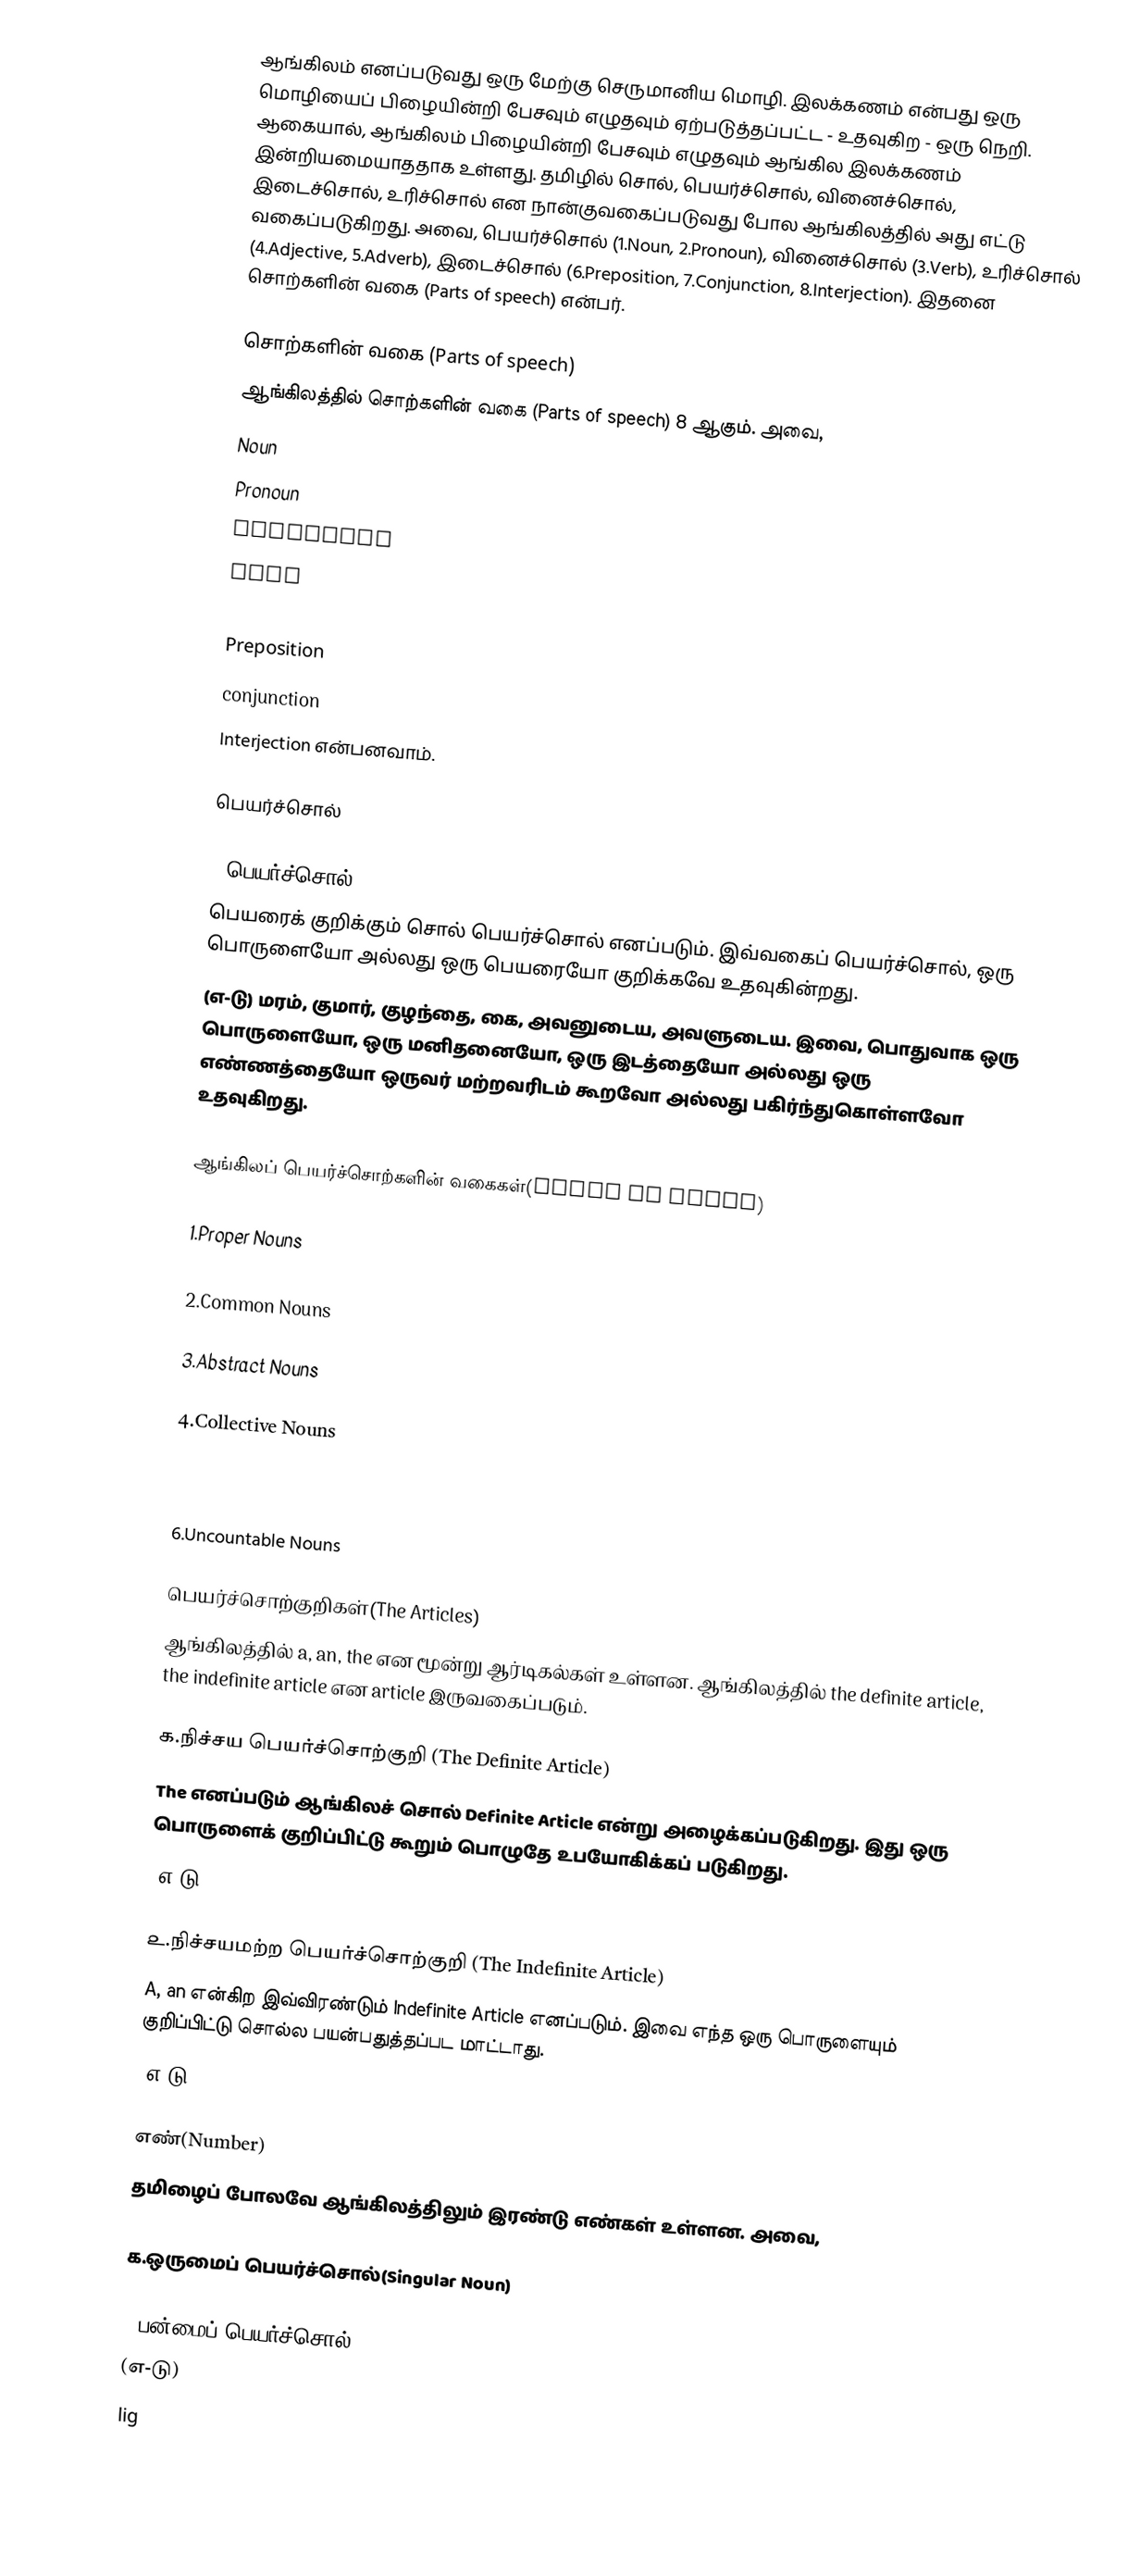
ஆங்கிலம் எனப்படுவது ஒரு மேற்கு செருமானிய மொழி. இலக்கணம் என்பது ஒரு மொழியைப் பிழையின்றி பேசவும் எழுதவும் ஏற்படுத்தப்பட்ட - உதவுகிற - ஒரு நெறி. ஆகையால், ஆங்கிலம் பிழையின்றி பேசவும் எழுதவும் ஆங்கில இலக்கணம் இன்றியமையாததாக உள்ளது. தமிழில் சொல், பெயர்ச்சொல், வினைச்சொல், இடைச்சொல், உரிச்சொல் என நான்குவகைப்படுவது போல ஆங்கிலத்தில் அது எட்டு வகைப்படுகிறது. அவை, பெயர்ச்சொல் (1.Noun, 2.Pronoun), வினைச்சொல் (3.Verb), உரிச்சொல் (4.Adjective, 5.Adverb), இடைச்சொல் (6.Preposition, 7.Conjunction, 8.Interjection). இதனை சொற்களின் வகை (Parts of speech) என்பர்.

சொற்களின் வகை (Parts of speech)
ஆங்கிலத்தில் சொற்களின் வகை (Parts of speech) 8 ஆகும். அவை,
 Noun
 Pronoun
 Adjective
 Verb
 Adverb
 Preposition
 conjunction
 Interjection என்பனவாம்.

பெயர்ச்சொல்

௧.பெயர்ச்சொல்(Noun)
பெயரைக் குறிக்கும் சொல் பெயர்ச்சொல் எனப்படும். இவ்வகைப் பெயர்ச்சொல், ஒரு பொருளையோ அல்லது ஒரு பெயரையோ குறிக்கவே உதவுகின்றது.
(எ-டு) மரம், குமார், குழந்தை, கை, அவனுடைய, அவளுடைய. இவை, பொதுவாக ஒரு பொருளையோ, ஒரு மனிதனையோ, ஒரு இடத்தையோ அல்லது ஒரு எண்ணத்தையோ ஒருவர் மற்றவரிடம் கூறவோ அல்லது பகிர்ந்துகொள்ளவோ உதவுகிறது.

ஆங்கிலப் பெயர்ச்சொற்களின் வகைகள்(Types of Nouns)

1.Proper Nouns

2.Common Nouns

3.Abstract Nouns

4.Collective Nouns

5.Countable Noun

6.Uncountable Nouns

பெயர்ச்சொற்குறிகள்(The Articles)
ஆங்கிலத்தில் a, an, the என மூன்று ஆர்டிகல்கள் உள்ளன. ஆங்கிலத்தில் the definite article, the indefinite article என article இருவகைப்படும்.

௧.நிச்சய பெயர்ச்சொற்குறி (The Definite Article)
The எனப்படும் ஆங்கிலச் சொல் Definite Article என்று அழைக்கப்படுகிறது. இது ஒரு பொருளைக் குறிப்பிட்டு கூறும் பொழுதே உபயோகிக்கப் படுகிறது.
 (எ-டு) the boy, the cap, the cup.

௨.நிச்சயமற்ற பெயர்ச்சொற்குறி (The Indefinite Article)
A, an என்கிற இவ்விரண்டும் Indefinite Article எனப்படும். இவை எந்த ஒரு பொருளையும் குறிப்பிட்டு சொல்ல பயன்பதுத்தப்பட மாட்டாது.
 (எ-டு) a tree, an apple, a banana.

எண்(Number)
தமிழைப் போலவே ஆங்கிலத்திலும் இரண்டு எண்கள் உள்ளன. அவை,

௧.ஒருமைப் பெயர்ச்சொல்(Singular Noun)

௨.பன்மைப் பெயர்ச்சொல்(Plural Noun)
 (எ-டு)
 lig